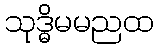
သုဒ္ဓိမမညထ